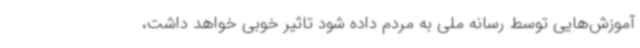
آموزش‌هایی توسط رسانه ملی به مردم داده شود تاثیر خوبی خواهد داشت،